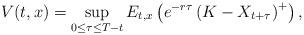
LaTeX: \begin{align*}V(t,x) = \sup_{0\leq \tau \leq T-t} E_{t,x}\left( e^{-r\tau}\left( K- X_{t+\tau}\right)^{+} \right),\end{align*}